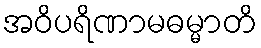
အဝိပရိဏာမဓမ္မာတိ